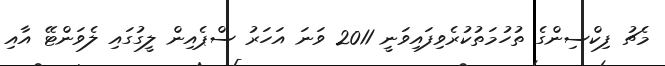
މެޗު ފިކްސިންގެ ތުހުމަތުކުރެވިފައިވަނީ 2011 ވަނަ އަހަރު ސްޕެއިން ލީގުގައި ލެވަންޓޭ އާއި